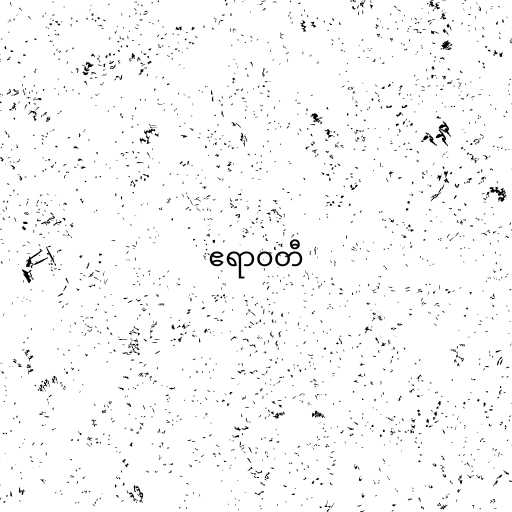
ဧရာဝတီ